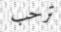
ترحب